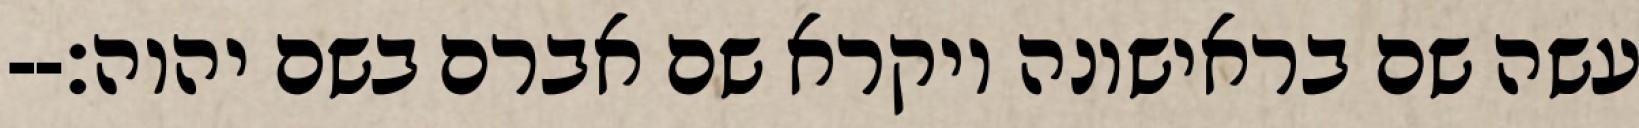
עשה שם בראישונה ויקרא שם אברם בשם יהוה׃--